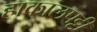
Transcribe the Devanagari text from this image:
हाकालपट्टी